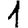
Digit: 1